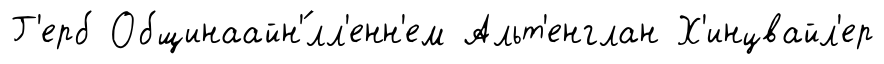
Г'ерб Общинаайн'́лл'енн'ем Альт'енглан Х'инцвайл'ер